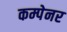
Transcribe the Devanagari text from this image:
कम्पेनर